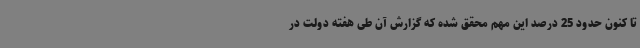
تا کنون حدود 25 درصد این مهم محقق شده که گزارش آن طی هفته دولت در